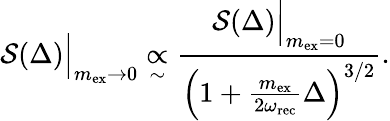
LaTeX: \mathcal{S}(\Delta)\Big|_{m_{\mathrm{ex}}\rightarrow 0}\underset{\sim}{\propto}\frac{\mathcal{S}(\Delta)\Big|_{m_{\mathrm{ex}}=0}}{\left(1+\frac{m_{\mathrm{ex}}}{2\omega_{\mathrm{rec}}}\Delta\right)^{3/2}}.